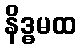
နိဒ္ဓမထ